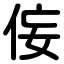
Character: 侫